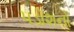
પડોશનો